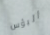
البؤس